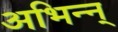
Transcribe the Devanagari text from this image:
अभिन्न्